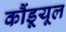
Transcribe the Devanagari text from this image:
कौंडूयूल